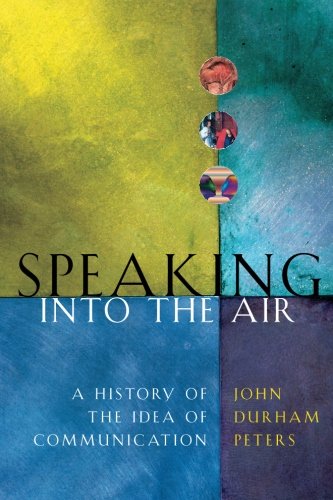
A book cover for Speaking into the Air: A History of the Idea of Communication; John Durham Peters; Politics & Social Sciences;